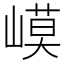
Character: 𡻟